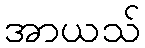
အာယသ်